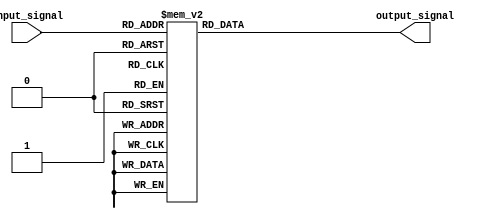
module simple_case_statement (
  input wire [2:0] input_signal,
  output reg [3:0] output_signal
);

always @(*) begin
  case (input_signal)
    3'b000: output_signal = 4'b0000;
    3'b001: output_signal = 4'b0001;
    3'b010: output_signal = 4'b0010;
    3'b011: output_signal = 4'b0011;
    3'b100: output_signal = 4'b0100;
    3'b101: output_signal = 4'b0101;
    3'b110: output_signal = 4'b0110;
    3'b111: output_signal = 4'b0111;
    default: output_signal = 4'b1111;
  endcase
end

endmodule